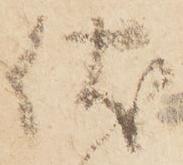
伏